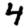
Digit: 4